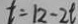
t = 1 2 - 2 t